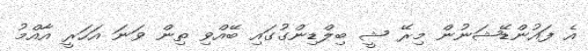
އެ ފައުންޑޭޝަނުން މިރޭ ޝީ ބިލްޑިންގުގައި ބޭއްވި ތިން ވަނަ އަހަރީ އާއްމު